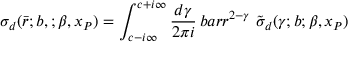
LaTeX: \sigma _ { d } ( \bar { r } ; b , ; \beta , x _ { \cal P } ) = \int _ { c - i \infty } ^ { c + i \infty } \frac { d \gamma } { 2 \pi i } \, b a r { r } ^ { 2 - \gamma } \ \tilde { \sigma } _ { d } ( \gamma ; b ; \beta , x _ { \cal P } )